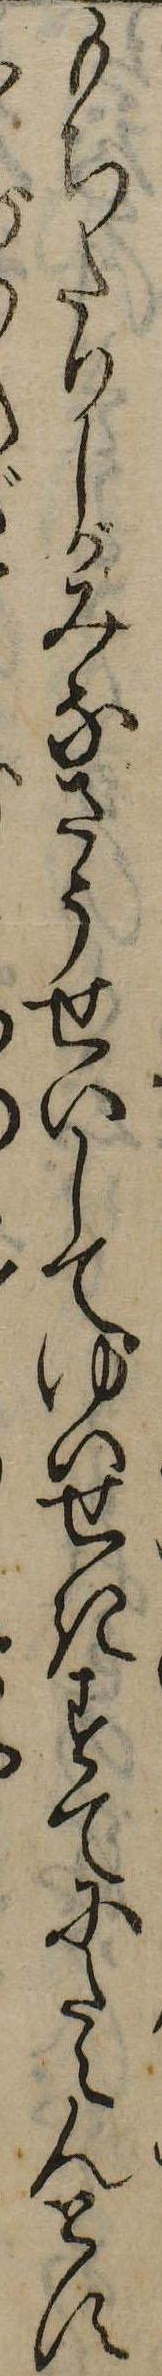
もちたりしがみなさうせいしてゆいせきすてにたえんとす